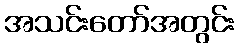
အသင်းတော်အတွင်း